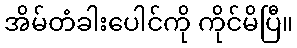
အိမ်တံခါးပေါင်ကို ကိုင်မိပြီ။